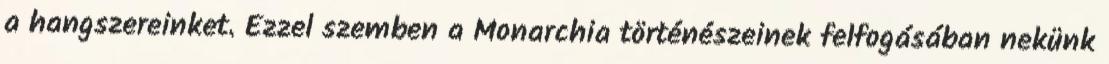
a hangszereinket. Ezzel szemben a Monarchia történészeinek felfogásában nekünk